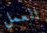
العمل